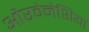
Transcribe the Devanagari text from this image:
औरवेनेशिया